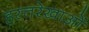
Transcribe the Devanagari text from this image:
हस्तरेखाओं